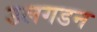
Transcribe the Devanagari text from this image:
उलगडन